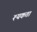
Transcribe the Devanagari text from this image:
श्यकता